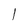
Character: 1